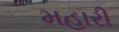
મહારી